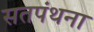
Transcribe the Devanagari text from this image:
सतपंथना